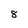
Character: 8